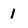
Character: 1